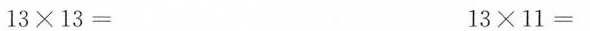
$$1 3 \times 1 3 =$$ $$1 3 \times 1 1 =$$